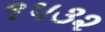
૧૫૩૨